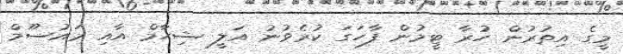
މީގެ އިތުރުން ހުރާ ޓީމުން ފާހަގަ ކުރެވުނު އަލީ ޝިހާމް އާއި މައުސޫމް